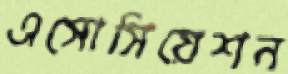
এসোসিয়েশন